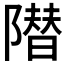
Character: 𱀱